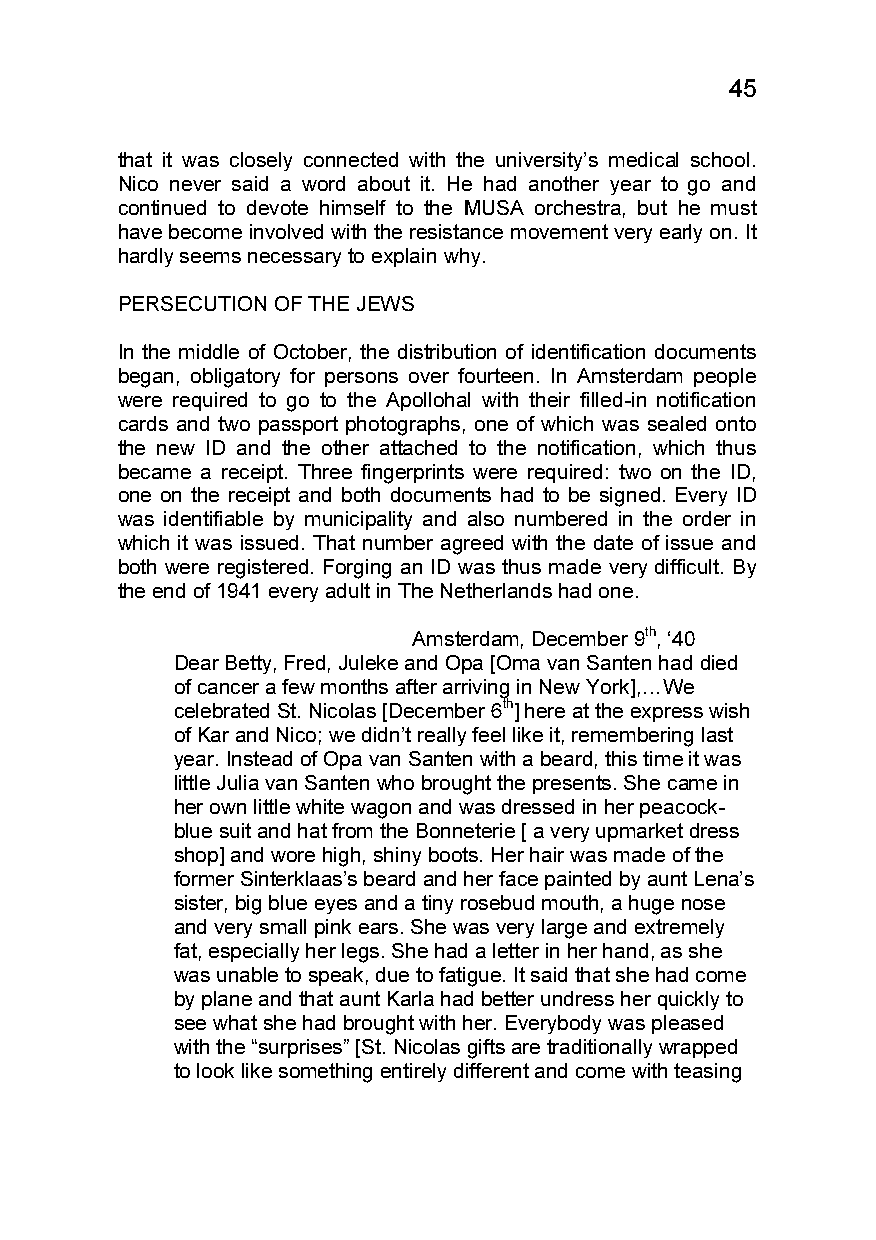
45
 that it was closely connected with the university’s medical school.
 Nico never said a word about it. He had another year to go and
 continued to devote himself to the MUSA orchestra, but he must
 have become involved with the resistance movement very early on. It
 hardly seems necessary to explain why.
 PERSECUTION OF THE JEWS
 In the middle of October, the distribution of identification documents
 began, obligatory for persons over fourteen. In Amsterdam people
 were required to go to the Apollohal with their filled-in notification
 cards and two passport photographs, one of which was sealed onto
 the new ID and the other attached to the notification, which thus
 became a receipt. Three fingerprints were required: two on the ID,
 one on the receipt and both documents had to be signed. Every ID
 was identifiable by municipality and also numbered in the order in
 which it was issued. That number agreed with the date of issue and
 both were registered. Forging an ID was thus made very difficult. By
 the end of 1941 every adult in The Netherlands had one.
 Amsterdam, December 9th, ‘40
 Dear Betty, Fred, Juleke and Opa [Oma van Santen had died
 of cancer a few months after arriving in New York],…We
 celebrated St. Nicolas [December 6th] here at the express wish
 of Kar and Nico; we didn’t really feel like it, remembering last
 year. Instead of Opa van Santen with a beard, this time it was
 little Julia van Santen who brought the presents. She came in
 her own little white wagon and was dressed in her peacock-
 blue suit and hat from the Bonneterie [ a very upmarket dress
 shop] and wore high, shiny boots. Her hair was made of the
 former Sinterklaas’s beard and her face painted by aunt Lena’s
 sister, big blue eyes and a tiny rosebud mouth, a huge nose
 and very small pink ears. She was very large and extremely
 fat, especially her legs. She had a letter in her hand, as she
 was unable to speak, due to fatigue. It said that she had come
 by plane and that aunt Karla had better undress her quickly to
 see what she had brought with her. Everybody was pleased
 with the “surprises” [St. Nicolas gifts are traditionally wrapped
 to look like something entirely different and come with teasing